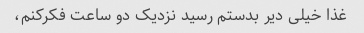
غذا خیلی دیر بدستم رسید نزدیک دو ساعت فکرکنم،